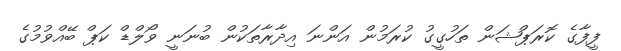
ފީފާގެ ކޮރަޕްޝަން ތަހުގީގު ކުރަމުން އަންނަ އިދާރާތަކުން ބުނަނީ ވޯލްޑް ކަޕް ބޭއްވުމުގެ